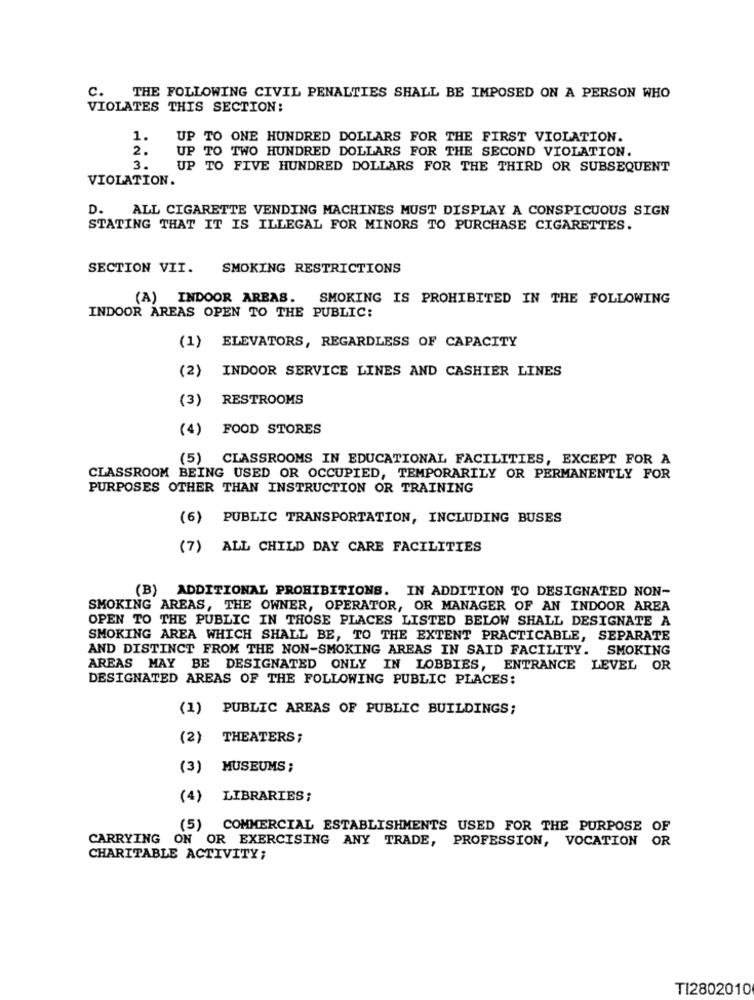
C. THE FOLLOWING CIVIL PENALTIES SHALL BE IMPOSED ON A PERSON WHO
VIOLATES THIS SECTION:
1.
UP TO ONE HUNDRED DOLLARS FOR THE FIRST VIOLATION.
2.
UP TO TWO HUNDRED DOLLARS FOR THE SECOND VIOLATION.
3.
UP TO FIVE HUNDRED DOLLARS FOR THE THIRD OR SUBSEQUENT
VIOLATION.
D.
ALL CIGARETTE VENDING MACHINES MUST DISPLAY A CONSPICUOUS SIGN
STATING THAT IT IS ILLEGAL FOR MINORS TO PURCHASE CIGARETTES.
SECTION VII. SMOKING RESTRICTIONS
(A) INDOOR AREAS. SMOKING IS PROHIBITED IN THE FOLLOWING
INDOOR AREAS OPEN TO THE PUBLIC:
(1) ELEVATORS, REGARDLESS OF CAPACITY
(2)
INDOOR SERVICE LINES AND CASHIER LINES
(3)
RESTROOMS
(4) FOOD STORES
(5)
CLASSROOMS IN EDUCATIONAL FACILITIES, EXCEPT FOR A
CLASSROOM BEING USED OR OCCUPIED, TEMPORARILY OR PERMANENTLY FOR
PURPOSES OTHER THAN INSTRUCTION OR TRAINING
(6) PUBLIC TRANSPORTATION, INCLUDING BUSES
(7) ALL CHILD DAY CARE FACILITIES
(B) ADDITIONAL PROHIBITIONS. IN ADDITION TO DESIGNATED NON-
SMOKING AREAS, THE OWNER, OPERATOR, OR MANAGER OF AN INDOOR AREA
OPEN TO THE PUBLIC IN THOSE PLACES LISTED BELOW SHALL DESIGNATE A
SMOKING AREA WHICH SHALL BE, TO THE EXTENT PRACTICABLE, SEPARATE
AND DISTINCT FROM THE NON-SMOKING AREAS IN SAID FACILITY. SMOKING
AREAS MAY BE DESIGNATED ONLY IN LOBBIES, ENTRANCE LEVEL OR
DESIGNATED AREAS OF THE FOLLOWING PUBLIC PLACES:
(1)
PUBLIC AREAS OF PUBLIC BUILDINGS;
(2)
THEATERS;
(3)
MUSEUMS ;
(4) LIBRARIES;
(5)
COMMERCIAL ESTABLISHMENTS USED FOR THE PURPOSE OF
CARRYING ON OR EXERCISING ANY TRADE, PROFESSION, VOCATION OR
CHARITABLE ACTIVITY:
TI2802010